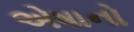
એષાનો